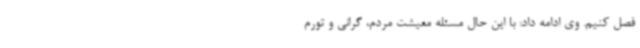
فصل کنیم. وی ادامه داد: با این حال مسئله معیشت مردم، گرانی و تورم